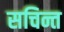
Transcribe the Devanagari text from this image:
सचिन्त